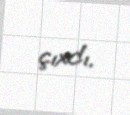
çıxdı.